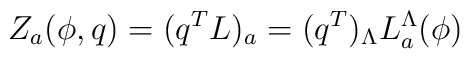
Z_a(\phi,q)= (q^TL)_a=(q^T)_\Lambda L_a^\Lambda(\phi)